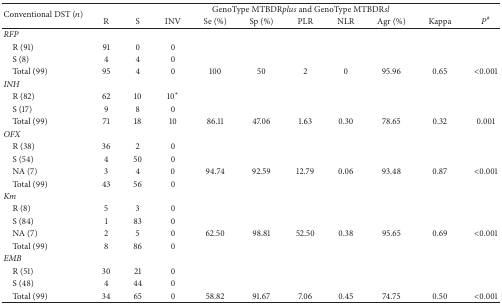
<table><thead><tr><td rowspan="2"><b>Conventional DST (<i>n</i>)</b></td><td colspan="10"><b>GenoType MTBDR<i>plus</i> and GenoType MTBDR<i>sl</i></b></td></tr><tr><td><b>R</b></td><td><b>S</b></td><td><b>INV</b></td><td><b>Se (%)</b></td><td><b>Sp (%)</b></td><td><b>PLR</b></td><td><b>NLR</b></td><td><b>Agr (%)</b></td><td><b>Kappa</b></td><td><b><i>P</i><sup>#</sup></b></td></tr></thead><tbody><tr><td><i>RFP</i></td><td> </td><td> </td><td> </td><td> </td><td> </td><td> </td><td> </td><td> </td><td> </td><td> </td></tr><tr><td> R (91)</td><td>91</td><td>0</td><td>0</td><td> </td><td> </td><td> </td><td> </td><td> </td><td> </td><td> </td></tr><tr><td> S (8)</td><td>4</td><td>4</td><td>0</td><td> </td><td> </td><td> </td><td> </td><td> </td><td> </td><td> </td></tr><tr><td> Total (99)</td><td>95</td><td>4</td><td>0</td><td>100</td><td>50</td><td>2</td><td>0</td><td>95.96</td><td>0.65</td><td>&lt;0.001</td></tr><tr><td><i>INH</i></td><td> </td><td> </td><td> </td><td> </td><td> </td><td> </td><td> </td><td> </td><td> </td><td> </td></tr><tr><td> R (82)</td><td>62</td><td>10</td><td>10<sup><i>∗</i></sup></td><td> </td><td> </td><td> </td><td> </td><td> </td><td> </td><td> </td></tr><tr><td> S (17)</td><td>9</td><td>8</td><td>0</td><td> </td><td> </td><td> </td><td> </td><td> </td><td> </td><td> </td></tr><tr><td> Total (99)</td><td>71</td><td>18</td><td>10</td><td>86.11</td><td>47.06</td><td>1.63</td><td>0.30</td><td>78.65</td><td>0.32</td><td>0.001</td></tr><tr><td><i>OFX</i></td><td> </td><td> </td><td> </td><td> </td><td> </td><td> </td><td> </td><td> </td><td> </td><td> </td></tr><tr><td> R (38)</td><td>36</td><td>2</td><td>0</td><td> </td><td> </td><td> </td><td> </td><td> </td><td> </td><td> </td></tr><tr><td> S (54)</td><td>4</td><td>50</td><td>0</td><td> </td><td> </td><td> </td><td> </td><td> </td><td> </td><td> </td></tr><tr><td> NA (7)</td><td>3</td><td>4</td><td>0</td><td>94.74</td><td>92.59</td><td>12.79</td><td>0.06</td><td>93.48</td><td>0.87</td><td>&lt;0.001</td></tr><tr><td> Total (99)</td><td>43</td><td>56</td><td>0</td><td> </td><td> </td><td> </td><td> </td><td> </td><td> </td><td> </td></tr><tr><td><i>Km</i></td><td> </td><td> </td><td> </td><td> </td><td> </td><td> </td><td> </td><td> </td><td> </td><td> </td></tr><tr><td> R (8)</td><td>5</td><td>3</td><td>0</td><td> </td><td> </td><td> </td><td> </td><td> </td><td> </td><td> </td></tr><tr><td> S (84)</td><td>1</td><td>83</td><td>0</td><td> </td><td> </td><td> </td><td> </td><td> </td><td> </td><td> </td></tr><tr><td> NA (7)</td><td>2</td><td>5</td><td>0</td><td>62.50</td><td>98.81</td><td>52.50</td><td>0.38</td><td>95.65</td><td>0.69</td><td>&lt;0.001</td></tr><tr><td> Total (99)</td><td>8</td><td>86</td><td>0</td><td> </td><td> </td><td> </td><td> </td><td> </td><td> </td><td> </td></tr><tr><td><i>EMB</i></td><td> </td><td> </td><td> </td><td> </td><td> </td><td> </td><td> </td><td> </td><td> </td><td> </td></tr><tr><td> R (51)</td><td>30</td><td>21</td><td>0</td><td> </td><td> </td><td> </td><td> </td><td> </td><td> </td><td> </td></tr><tr><td> S (48)</td><td>4</td><td>44</td><td>0</td><td> </td><td> </td><td> </td><td> </td><td> </td><td> </td><td> </td></tr><tr><td> Total (99)</td><td>34</td><td>65</td><td>0</td><td>58.82</td><td>91.67</td><td>7.06</td><td>0.45</td><td>74.75</td><td>0.50</td><td>&lt;0.001</td></tr></tbody></table>